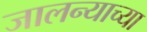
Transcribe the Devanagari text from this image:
जालन्याच्या